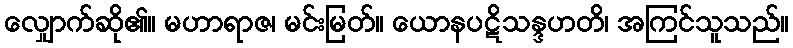
လျှောက်ဆို၏။ မဟာရာဇ၊ မင်းမြတ်။ ယောနပဋိသန္ဒဟတိ၊ အကြင်သူသည်။